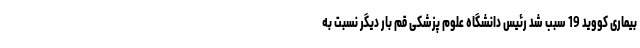
بیماری کووید 19 سبب شد رئیس دانشگاه علوم پزشکی قم بار دیگر نسبت به